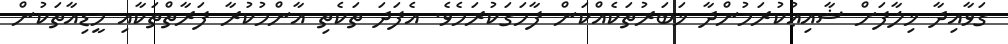
ގަވާއިދާ ޚިލާފަށް ޝާއިޢުކުރަމުންދާ ޚަބަރުތަކެއްކަން ފާހަގަކުރަމެވެ. އެފަދަ ތަކެތި އާންމުކުރާ ފަރާތްތަކާއި މީޑިއާތަކުން